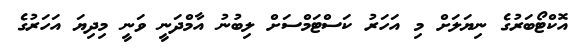
އޮކްޓޯބަރުގެ ނިޔަލަށް މި އަހަރު ކަސްޓަމްސަށް ލިބުނު އާމްދަނީ ވަނީ މިދިޔަ އަހަރުގެ